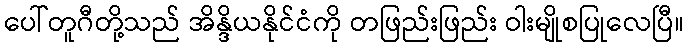
ပေါ်တူဂီတို့သည် အိန္ဒိယနိုင်ငံကို တဖြည်းဖြည်း ဝါးမျိုစပြုလေပြီ။